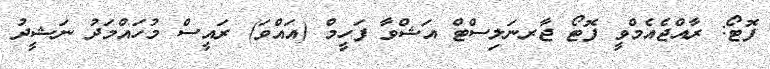
ފޮޓޯ: ރާއްޖެއެމްވީ ފޮޓޯ ޖާރނަލިސްޓް އަޝްވާ ފަހީމް (އައްވަ) ރައީސް މުހައްމަދު ނަޝީދު